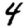
Digit: 4